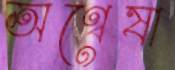
অণ্বেষা